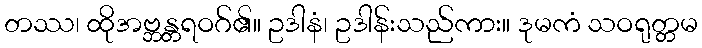
တဿ၊ ထိုအဗ္ဘန္တရဝဂ်၏။ ဥဒါနံ၊ ဥဒါန်းသည်ကား။ ဒုမကံ သဝရုတ္တမ